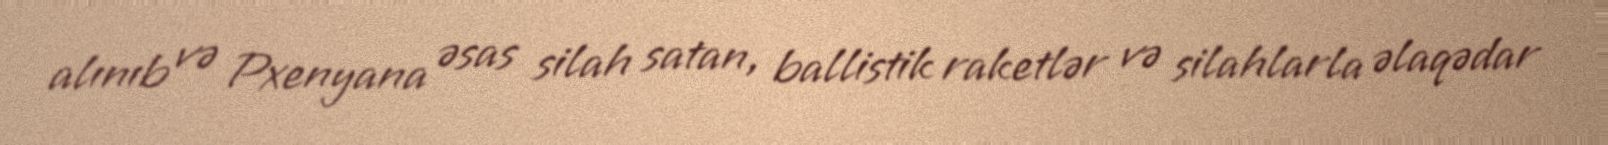
alınıb və Pxenyana əsas silah satan, ballistik raketlər və silahlarla əlaqədar